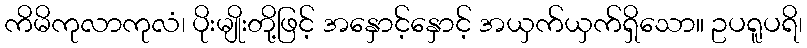
ကိမိကုလာကုလံ၊ ပိုးမျိုးတို့ဖြင့် အနှောင့်နှောင့် အယှက်ယှက်ရှိသော။ ဥပရူပရိ၊